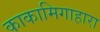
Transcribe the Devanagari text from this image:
काकामिगाहारा